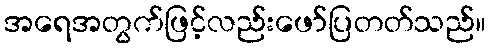
အရေအတွက်ဖြင့်လည်းဖော်ပြတတ်သည်။